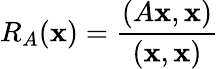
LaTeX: R_{A}(\mathbf{x})={\frac{{(A\mathbf{x},\mathbf{x})}}{{(\mathbf{x},\mathbf{x})}}}